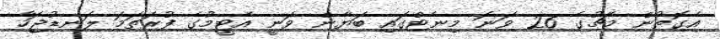
އެގޮތުން މެޗުގެ 26 ވަނަ މިނެޓްގައި ބަޔާން ވަނީ އެޓީމުގެ ފުރަތަމަ ލަނޑުޖަހާ